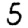
Digit: 5